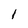
Character: l